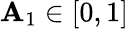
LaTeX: \mathbf{A}_{1}\in[0,1]